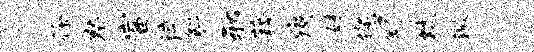
徐察富淬斛邪藉瘼妹您舒炕激